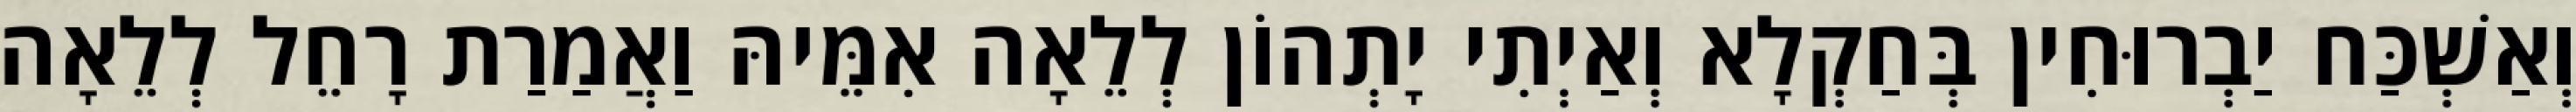
וְאַשְׁכַּח יַבְרוּחִין בְּחַקְלָא וְאַיְתִי יָתְהוֹן לְלֵאָה אִמֵּיהּ וַאֲמַרַת רָחֵל לְלֵאָה